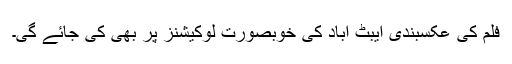
فلم کی عکسبندی ایبٹ آباد کی خوبصورت لوکیشنز پر بھی کی جائے گی۔